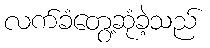
လက်ခံတွေ့ဆုံခဲ့သည်